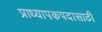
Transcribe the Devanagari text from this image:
प्राध्यापकपदासाठी